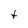
Character: t